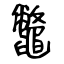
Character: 鼈